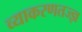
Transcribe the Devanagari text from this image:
व्याकरणतज्‍ज्ञ